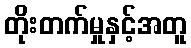
တိုးတက်မှုနှင့်အတူ